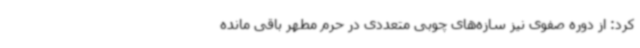
کرد: از دوره صفوی نیز سازه‌های چوبی متعددی در حرم مطهر باقی مانده